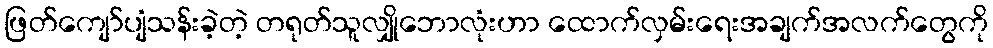
ဖြတ်ကျော်ပျံသန်းခဲ့တဲ့ တရုတ်သူလျှိုဘောလုံးဟာ ထောက်လှမ်းရေးအချက်အလက်တွေကို